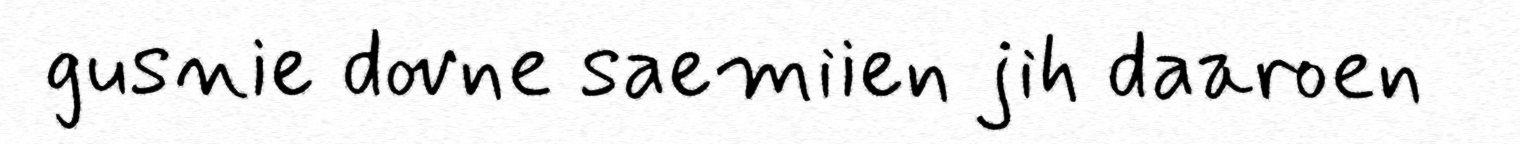
gusnie dovne saemiien jih daaroen